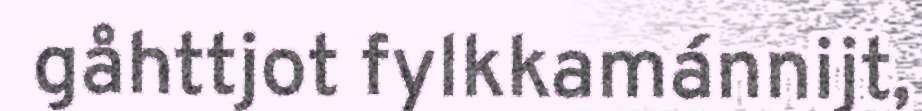
gåhttjot fylkkamánnijt,